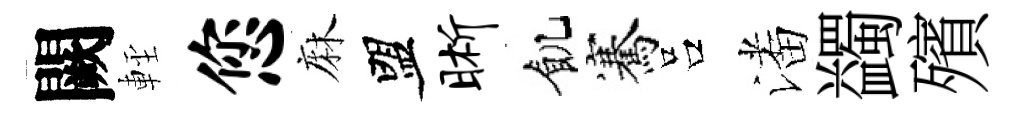
闕䡖您麻盟晰飢騫吕潘蠲殯